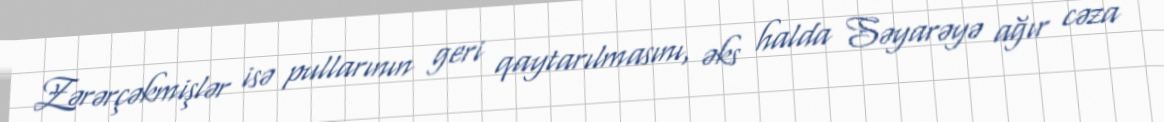
Zərərçəkmişlər isə pullarının geri qaytarılmasını, əks halda Səyarəyə ağır cəza